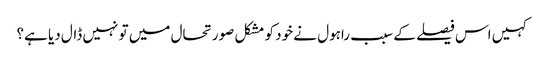
کہیں اس فیصلے کے سبب راہول نے خود کو مشکل صورتحال میں تو نہیں ڈال دیا ہے؟